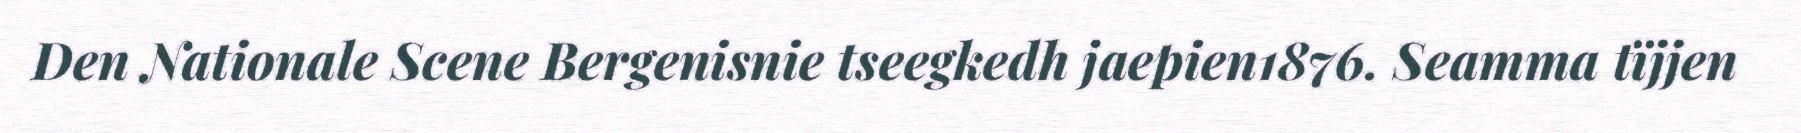
Den Nationale Scene Bergenisnie tseegkedh jaepien1876. Seamma tïjjen